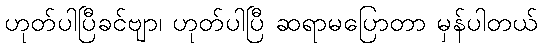
ဟုတ်ပါပြီခင်ဗျာ၊ ဟုတ်ပါပြီ ဆရာမပြောတာ မှန်ပါတယ်